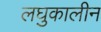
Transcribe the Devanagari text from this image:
लघुकालीन